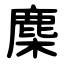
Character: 䴢